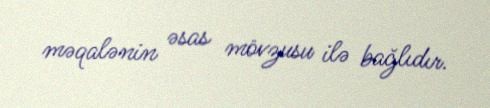
məqalənin əsas mövzusu ilə bağlıdır.